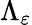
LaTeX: \Lambda_{\varepsilon}